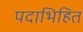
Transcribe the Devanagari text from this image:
पदाभिहित